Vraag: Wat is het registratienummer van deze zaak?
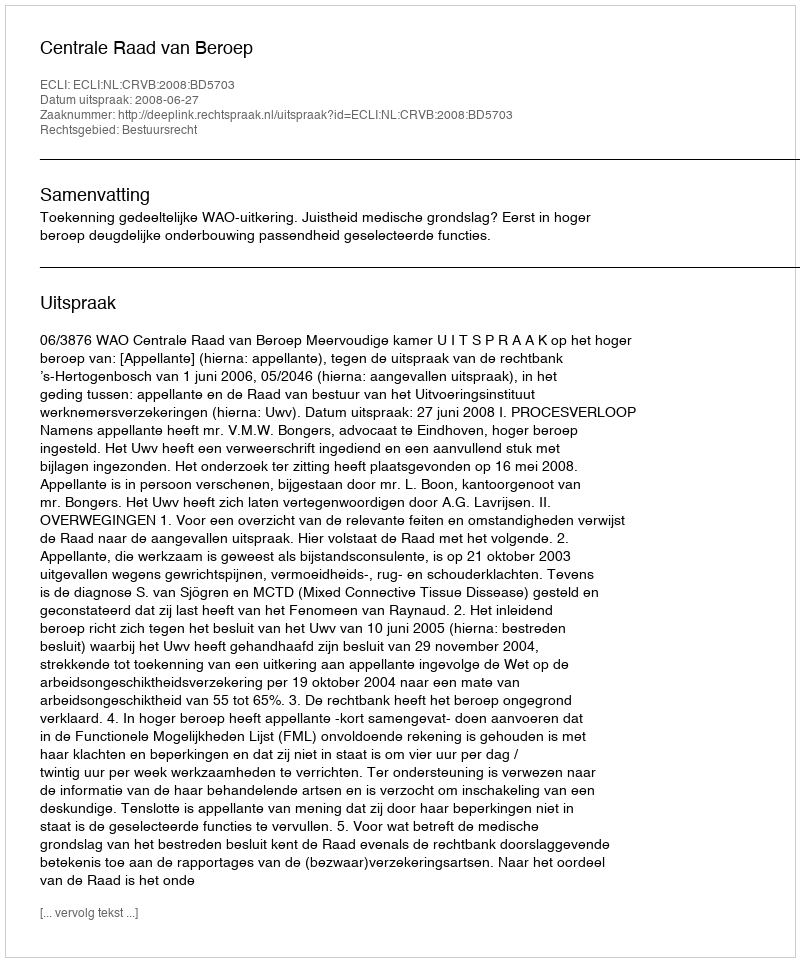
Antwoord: http://deeplink.rechtspraak.nl/uitspraak?id=ECLI:NL:CRVB:2008:BD5703